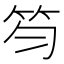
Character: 笉